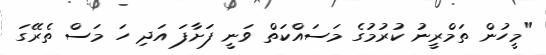
"މީހުން ތަމްރީނު ކުރުމުގެ މަސައްކަތް ވަނީ ފަށާފަ އަދި ހަ މަސް ތެރޭގަ